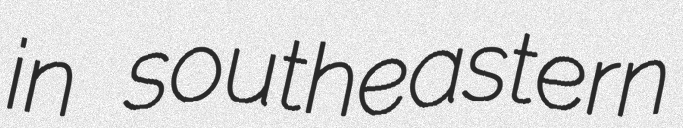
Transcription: in southeastern